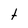
Character: t